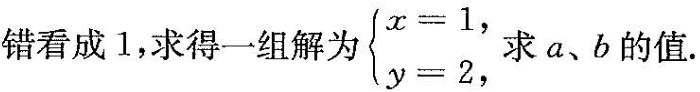
错看成1，求得一组解为